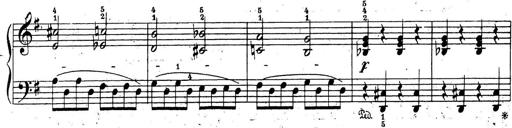
Title: 10 Sonatinas
Composer: Fritz Spindler